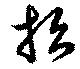
招